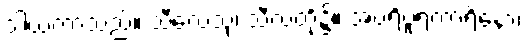
ဒါယကာသည်။ သီလေသု၊ သီလတို့၌။ အပရိပူရကာရိနော၊